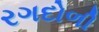
રગદોળી